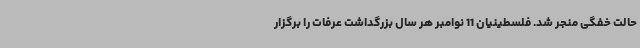
حالت خفگی منجر شد. فلسطینیان 11 نوامبر هر سال بزرگداشت عرفات را برگزار